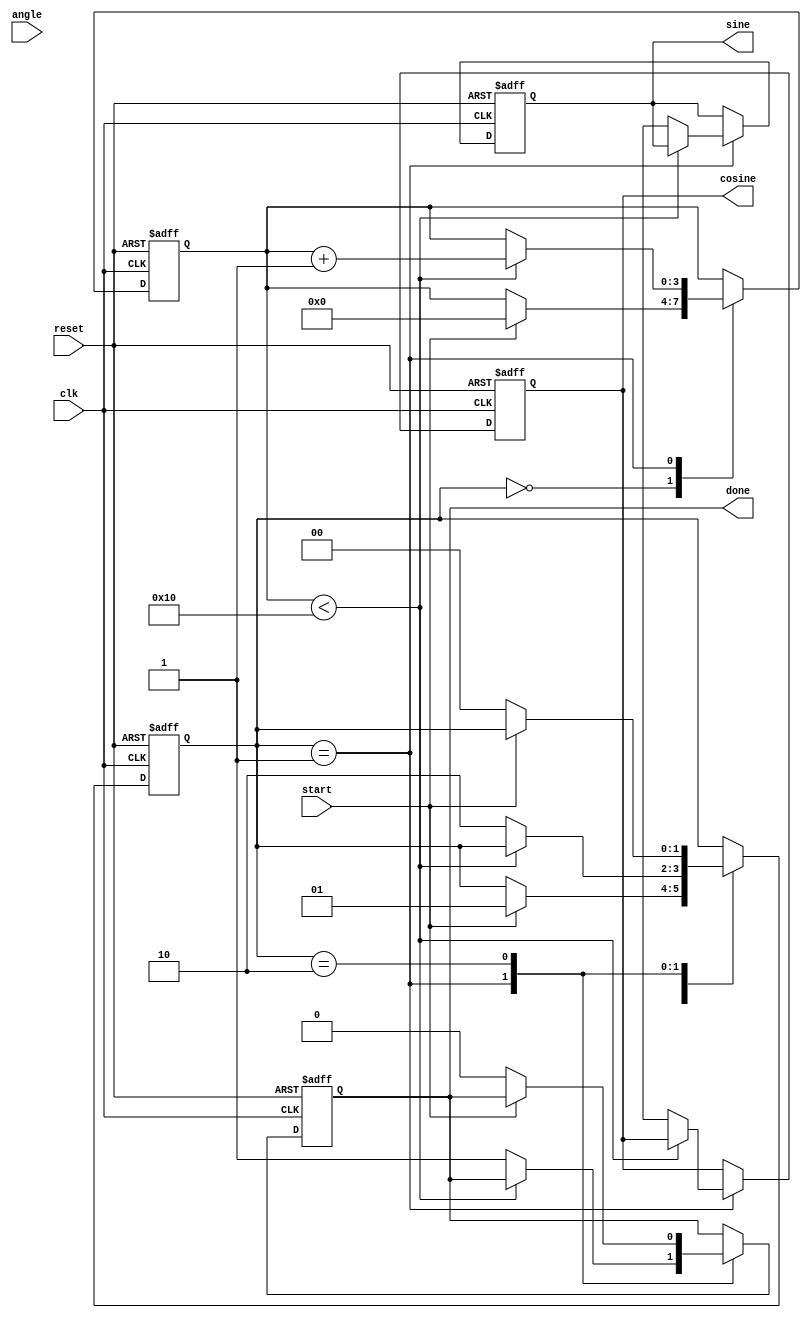
module cordic_rotational (
    input wire clk,
    input wire reset,
    input wire [15:0] angle, // Fixed-point angle input in radians
    input wire start,
    output reg [15:0] sine,   // Sine output
    output reg [15:0] cosine, // Cosine output
    output reg done           // Completion flag
);

parameter NUM_ITERATIONS = 16; // Number of iterations for precision
parameter FIXED_POINT_SCALE = 16'h4000; // 2^14 for scaling

// Internal registers
reg [15:0] x [0:NUM_ITERATIONS-1]; // X values
reg [15:0] y [0:NUM_ITERATIONS-1]; // Y values
reg [15:0] z [0:NUM_ITERATIONS-1]; // Angle values
reg [3:0] i;                       // Iteration counter
reg [15:0] atan_table [0:NUM_ITERATIONS-1]; // Lookup table for arctan values
reg [1:0] state;                   // State machine state

// State machine states
localparam IDLE = 2'b00;
localparam RUNNING = 2'b01;
localparam DONE = 2'b10;

// Initialize arctan values for CORDIC
initial begin
    atan_table[0] = 16'h2000; // atan(2^-0)
    atan_table[1] = 16'h1000; // atan(2^-1)
    atan_table[2] = 16'h0800; // atan(2^-2)
    atan_table[3] = 16'h0400; // atan(2^-3)
    atan_table[4] = 16'h0200; // atan(2^-4)
    atan_table[5] = 16'h0100; // atan(2^-5)
    atan_table[6] = 16'h0080; // atan(2^-6)
    atan_table[7] = 16'h0040; // atan(2^-7)
    atan_table[8] = 16'h0020; // atan(2^-8)
    atan_table[9] = 16'h0010; // atan(2^-9)
    atan_table[10] = 16'h0008; // atan(2^-10)
    atan_table[11] = 16'h0004; // atan(2^-11)
    atan_table[12] = 16'h0002; // atan(2^-12)
    atan_table[13] = 16'h0001; // atan(2^-13)
    atan_table[14] = 16'h0001; // atan(2^-14)
    atan_table[15] = 16'h0000; // atan(2^-15)
end

// State machine
always @(posedge clk or posedge reset) begin
    if (reset) begin
        state <= IDLE;
        done <= 0;
        sine <= 0;
        cosine <= 0;
        i <= 0;
    end else begin
        case (state)
            IDLE: begin
                if (start) begin
                    // Initialize registers
                    x[0] <= FIXED_POINT_SCALE; // Initial X = 1.0
                    y[0] <= 0;                 // Initial Y = 0.0
                    z[0] <= angle;             // Load angle
                    i <= 0;                    // Reset iteration counter
                    state <= RUNNING;
                end
            end

            RUNNING: begin
                if (i < NUM_ITERATIONS) begin
                    // Determine direction
                    if (z[i] < 0) begin
                        x[i+1] <= x[i] + (y[i] >>> i); // Rotate clockwise
                        y[i+1] <= y[i] - (x[i] >>> i);
                        z[i+1] <= z[i] + atan_table[i]; // Update angle
                    end else begin
                        x[i+1] <= x[i] - (y[i] >>> i); // Rotate counterclockwise
                        y[i+1] <= y[i] + (x[i] >>> i);
                        z[i+1] <= z[i] - atan_table[i]; // Update angle
                    end
                    i <= i + 1; // Increment iteration counter
                end else begin
                    // Final outputs
                    sine <= y[NUM_ITERATIONS]; // Final Y value is sine
                    cosine <= x[NUM_ITERATIONS]; // Final X value is cosine
                    done <= 1; // Set done flag
                    state <= DONE; // Move to done state
                end
            end
            
            DONE: begin
                if (!start) begin
                    state <= IDLE; // Reset state machine
                    done <= 0; // Clear done flag
                end
            end
        endcase
    end
end

endmodule